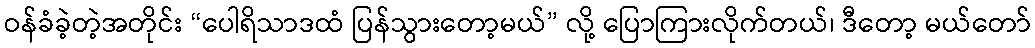
ဝန်ခံခဲ့တဲ့အတိုင်း “ပေါရိသာဒထံ ပြန်သွားတော့မယ်” လို့ ပြောကြားလိုက်တယ်၊ ဒီတော့ မယ်တော်